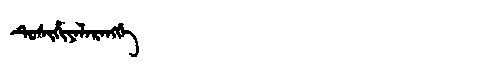
Manchu: ᡨᡠᠰᡳᡥᡳᠶᠠᠯᠠᡵᠠᠩᡤᡝ
Romanization: TUSIHIYALARANGGE